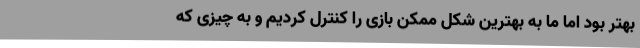
بهتر بود اما ما به بهترین شکل ممکن بازی را کنترل کردیم و به چیزی که